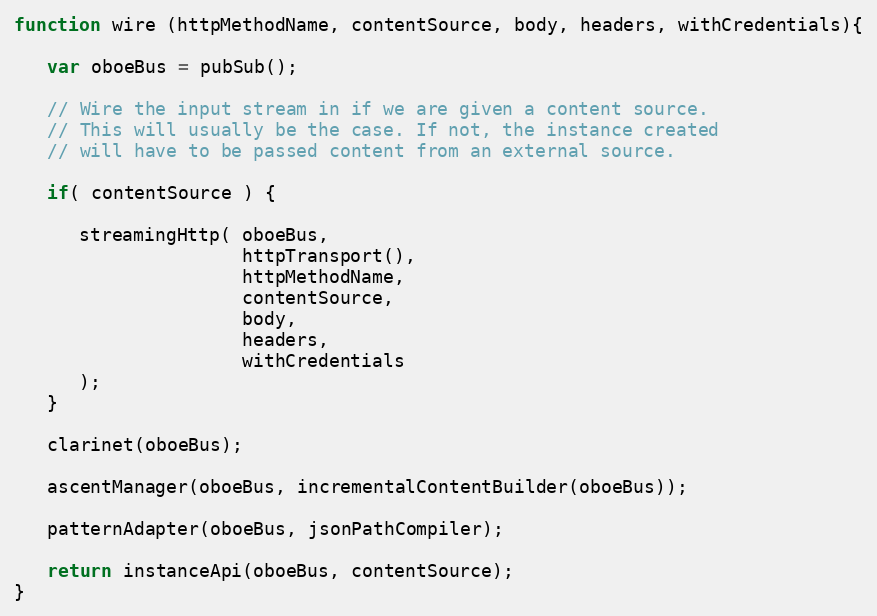
Language: JavaScript
function wire (httpMethodName, contentSource, body, headers, withCredentials){

   var oboeBus = pubSub();

   // Wire the input stream in if we are given a content source.
   // This will usually be the case. If not, the instance created
   // will have to be passed content from an external source.

   if( contentSource ) {

      streamingHttp( oboeBus,
                     httpTransport(),
                     httpMethodName,
                     contentSource,
                     body,
                     headers,
                     withCredentials
      );
   }

   clarinet(oboeBus);

   ascentManager(oboeBus, incrementalContentBuilder(oboeBus));

   patternAdapter(oboeBus, jsonPathCompiler);

   return instanceApi(oboeBus, contentSource);
}